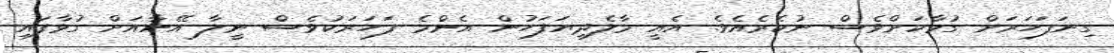
ގިނަފަހަރަށް ގުޅާކަށްވެސް ނުކެރެއެވެ. އެއީ މާލެދިޔަފަހުން އެންމެ ފަހަރަކުވެސް ނީލާ އޭނާއަށް ގުޅާފައި